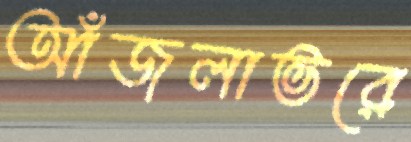
আঁজলাভরে